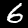
Label: 6